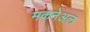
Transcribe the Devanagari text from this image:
मकनेअल